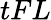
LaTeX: tFL